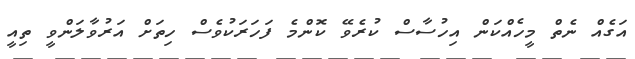
އަގެއް ނެތް މީހެއްކަން އިހުސާސް ކުރެވޭ ކޮންމެ ފަހަރަކުވެސް ހިތަށް އަރުވާލަންވީ ތިއީ